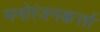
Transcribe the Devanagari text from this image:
मनोरंजनकर्त्ता